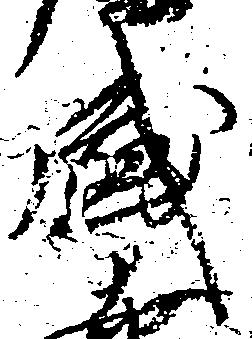
盛